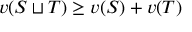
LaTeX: v ( S \sqcup T ) \geq v ( S ) + v ( T )